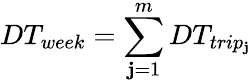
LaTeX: DT_{week}=\sum_{\mathbf{j}=1}^{m}DT_{trip_{\mathbf{j}}}